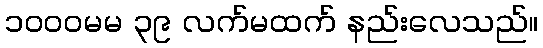
၁၀၀၀မမ ၃၉ လက်မထက် နည်းလေသည်။